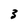
Character: 3